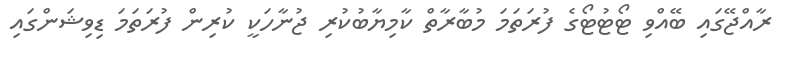
ރާއްޖޭގައި ބޭއްވި ޓޯޓުޓޯގެ ފުރަތަމަ މުބާރާތް ކާމިޔާބުކުރި ޖުނާހަކީ ކުރިން ފުރަތަމަ ޑިވިޝަންގައި